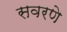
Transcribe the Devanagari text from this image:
सवरणे